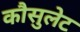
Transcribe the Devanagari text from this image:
कौसुलेट